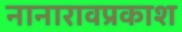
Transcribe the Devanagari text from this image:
नानारावप्रकाश